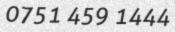
0751 459 1444